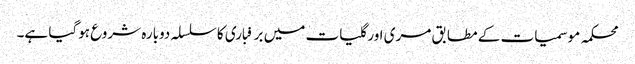
محکمہ موسمیات کے مطابق مری اور گلیات میں برفباری کا سلسلہ دوبارہ شروع ہوگیا ہے۔